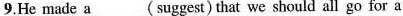
9.He made a ___( suggest) that we should all go for a